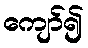
ကျော်၍